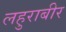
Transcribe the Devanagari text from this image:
लहुराबीर